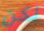
لكن